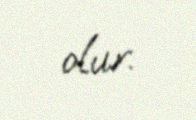
olur.